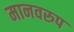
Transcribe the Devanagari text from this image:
मानवरुप